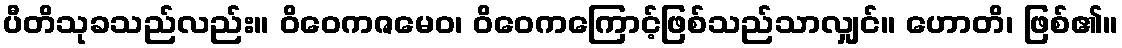
ပီတိသုခသည်လည်း။ ဝိဝေကဇမေဝ၊ ဝိဝေကကြောင့်ဖြစ်သည်သာလျှင်။ ဟောတိ၊ ဖြစ်၏။